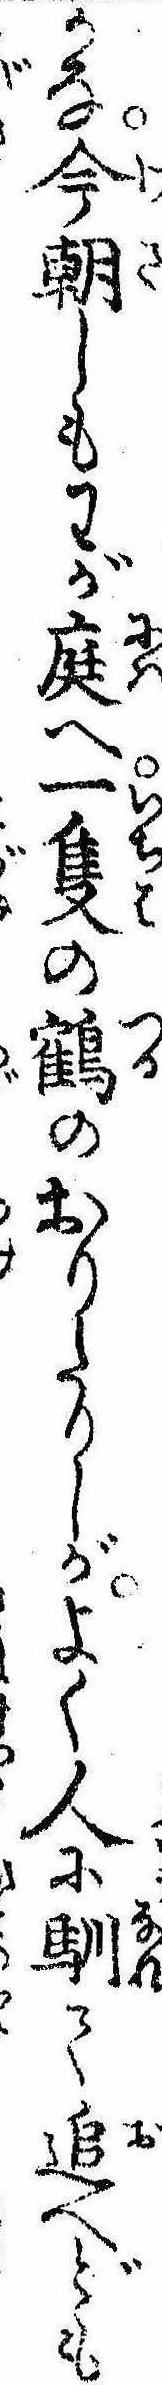
かな今朝しもわが庭へ一隻の鶴のおりたりしがよく人に馴て追へども